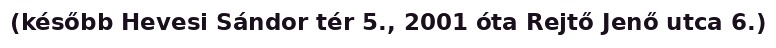
(később Hevesi Sándor tér 5., 2001 óta Rejtő Jenő utca 6.)